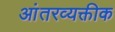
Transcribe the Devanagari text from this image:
आंतरव्यक्तीक